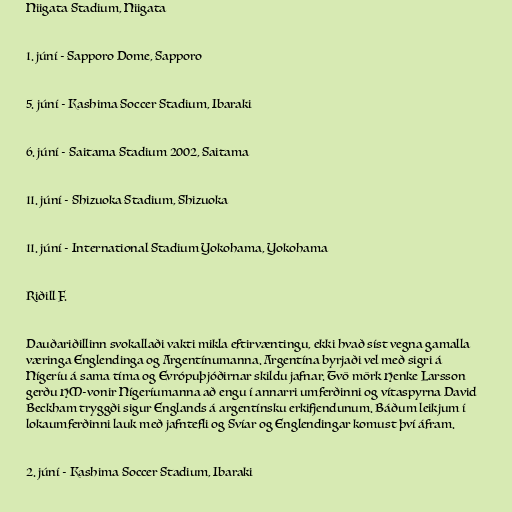
Niigata Stadium, Niigata

1. júní - Sapporo Dome, Sapporo

5. júní - Kashima Soccer Stadium, Ibaraki

6. júní - Saitama Stadium 2002, Saitama

11. júní - Shizuoka Stadium, Shizuoka

11. júní - International Stadium Yokohama, Yokohama

Riðill F.

Dauðariðillinn svokallaði vakti mikla eftirvæntingu, ekki hvað síst vegna gamalla
væringa Englendinga og Argentínumanna. Argentína byrjaði vel með sigri á
Nígeríu á sama tíma og Evrópuþjóðirnar skildu jafnar. Tvö mörk Henke Larsson
gerðu HM-vonir Nígeríumanna að engu í annarri umferðinni og vítaspyrna David
Beckham tryggði sigur Englands á argentínsku erkifjendunum. Báðum leikjum í
lokaumferðinni lauk með jafntefli og Svíar og Englendingar komust því áfram.

2. júní - Kashima Soccer Stadium, Ibaraki